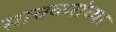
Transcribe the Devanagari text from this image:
सावकरांच्या